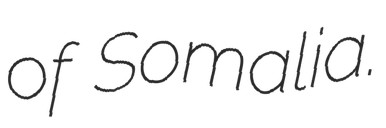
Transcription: of Somalia.